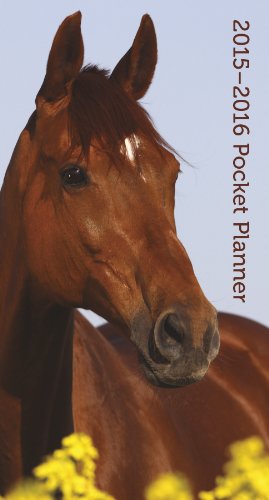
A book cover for Horses 2015-2016 Pocket Planner; Trends International; Calendars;